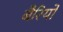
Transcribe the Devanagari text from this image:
बैरियो